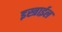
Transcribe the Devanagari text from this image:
इस्त्राईल